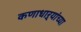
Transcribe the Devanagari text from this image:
कणाधाऱ्यांच्या